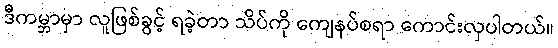
ဒီကမ္ဘာမှာ လူဖြစ်ခွင့် ရခဲ့တာ သိပ်ကို ကျေနပ်စရာ ကောင်းလှပါတယ်။